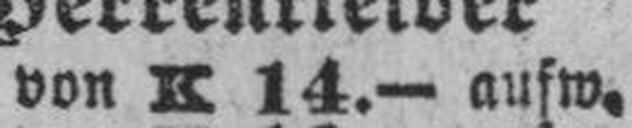
von K 14.— aufw.